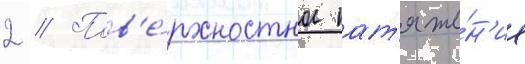
2 // Пов'е́рхностное нат'яже́н'ие